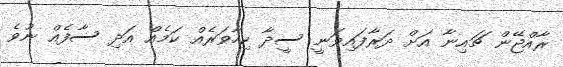
ރާއްޖޭން ޗައިނާ އަށް ދަރާފައިވަނީ ސީދާ ކިހާވަރެއް ކަމެއް އަދި ސާފެއް ނުވެ